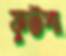
ফুটপা